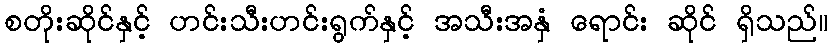
စတိုးဆိုင်နှင့် ဟင်းသီးဟင်းရွက်နှင့် အသီးအနှံ ရောင်း ဆိုင် ရှိသည်။